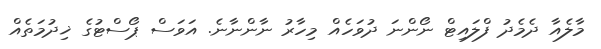
މާލެއާ ދެމެދު ފްލައިޓް ނޯންނަ ދުވަހެއް މިހާރު ނާންނާނެ. އަވަސް ޕޯސްޓުގެ ޚިދުމަތެއް